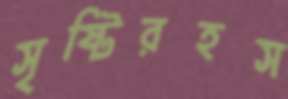
সৃষ্টিরহস